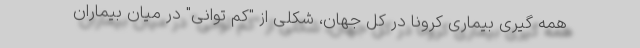
همه گیری بیماری کرونا در کل جهان، شکلی از "کم توانی" در میان بیماران